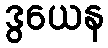
ဒွယေန